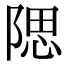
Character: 𨺯